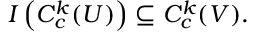
I \left( C _ { c } ^ { k } ( U ) \right) \subseteq C _ { c } ^ { k } ( V ) .